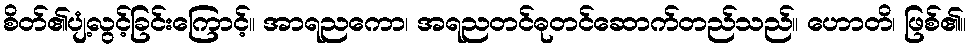
စိတ်၏ပျံ့လွင့်ခြင်းကြောင့်။ အာရညကော၊ အရညတင်ဓုတင်ဆောက်တည်သည်။ ဟောတိ၊ ဖြစ်၏။